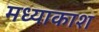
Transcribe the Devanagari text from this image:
मध्याकाश